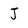
Character: J